Leaving Certificate Examination (including Day School Certificate (Higher) General paper), 1934
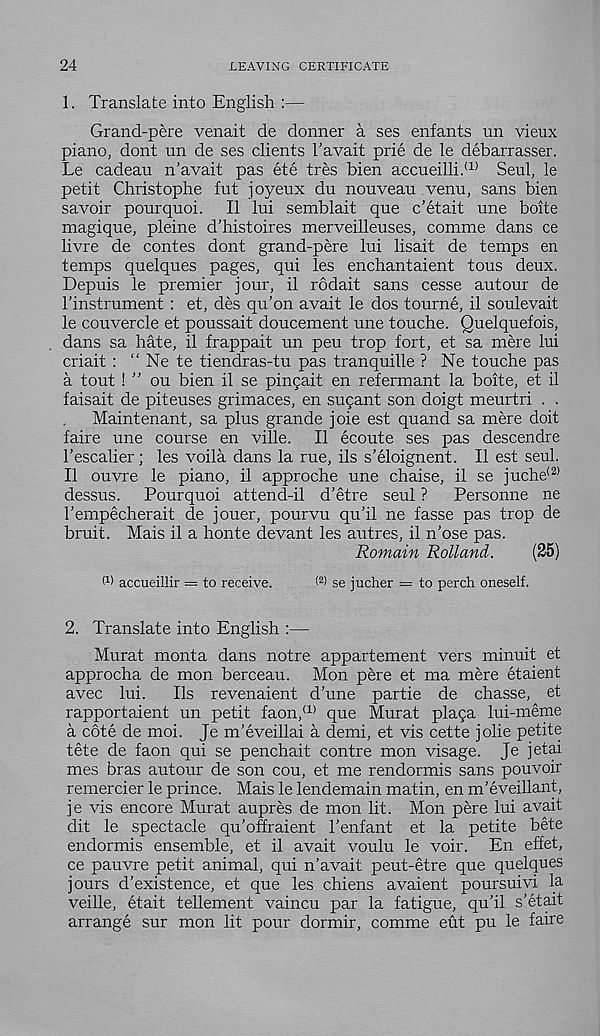
24
LEAVING CERTIFICATE
1. Translate into English :—
Grand-pere venait de donner a ses enfants un vieux
piano, dont un de ses clients I’avait prie de le debarrasser.
Le cadeau n’avait pas ete tres bien accueilli. (1) Seul, le
petit Christophe fut joyeux du nouveau venu, sans bien
savoir pourquoi. II lui semblait que c’etait une boite
magique, pleine d'histoires merveilleuses, comme dans ce
livre de contes dont grand-pere lui lisait de temps en
temps quelques pages, qui les enchantaient tous deux.
Depuis le premier jour, il rodait sans cesse autour de
hinstrument : et, des qu’on avait le dos tourne, il soulevait
le couvercle et poussait doucement une touche. Quelquefois,
dans sa hate, il frappait un peu trop fort, et sa mere lui
criait : “ Ne te tiendras-tu pas tranquille ? Ne touche pas
a tout ! ” ou bien il se pinfait en refermant la boite, et il
faisait de piteuses grimaces, en sugant son doigt meurtri . .
Maintenant, sa plus grande joie est quand sa mere doit
faire une course en ville. Il ecoute ses pas descendre
I’escaher; les voila dans la rue, ils s’eloignent. Il est seul.
Il ouvre le piano, il approche une chaise, il se juche (2)
dessus. Pourquoi attend-il d’etre seul ? Personne ne
1’empecherait de jouer, pourvu qu’il ne fasse pas trop de
bruit. Mais il a honte devant les autres, il n’ose pas.
Romain Rolland.
(25)
M accueillir = to receive.
( 2 > se jucher = to perch oneself.
2. Translate into English :—
Murat monta dans notre appartement vers minuit et
approcha de mon berceau. Mon pere et ma mere etaient
avec lui. Ils revenaient d’une partie de chasse, et
rapportaient un petit faon, (1) que Murat plaga lui-meme
a cote de moi. Je m’eveillai a demi, et vis cette jolie petite
tete de faon qui se penchait centre mon visage. Je jetai
mes bras autour de son cou, et me rendormis sans pouvoir
remercier le prince. Mais le lendemain matin, en m’eveillant,
je vis encore Murat aupres de mon lit. Mon pere lui avait
dit le spectacle qu’offraient 1’enfant et la petite bete
endormis ensemble, et il avait voulu le voir. En effet,
ce pauvre petit animal, qui n’avait peut-etre que quelques
jours d’existence, et que les chiens avaient poursuivi la
veille, etait tellement vaincu par la fatigue, qu’il s’etait
arrange sur mon lit pour dormir, comme eut pu le faire